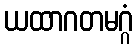
ယထာဂတမဂ္ဂံ